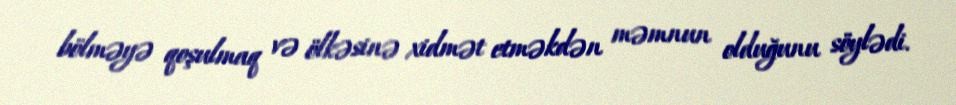
bölməyə qoşulmaq və ölkəsinə xidmət etməkdən məmnun olduğunu söylədi.